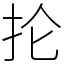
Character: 抡